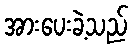
အားပေးခဲ့သည်